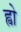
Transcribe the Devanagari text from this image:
ह्वो